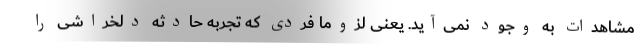
مشاهدات به وجود نمی‌آید. یعنی لزوما فردی که تجربه حادثه دلخراشی را